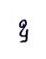
ឧ